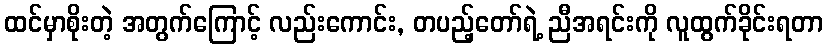
ထင်မှာစိုးတဲ့ အတွက်ကြောင့် လည်းကောင်း, တပည့်တော်ရဲ့ ညီအရင်းကို လူထွက်ခိုင်းရတာ